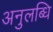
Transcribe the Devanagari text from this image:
अनुलब्धि